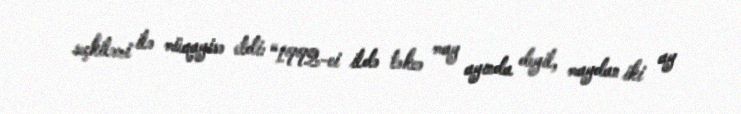
seçkiləri ilə müqayisə etdi: “1992-ci ildə təkcə may ayında deyil, maydan iki ay